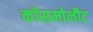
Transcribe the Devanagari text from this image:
कॉसमोनौट